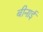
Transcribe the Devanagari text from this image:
बीनाई